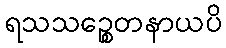
ရသသဉ္စေတနာယပိ